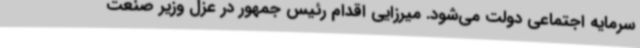
سرمایه اجتماعی دولت می‌شود. میرزایی اقدام رئیس جمهور در عزل وزیر صنعت